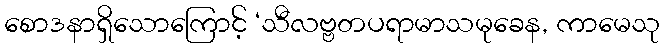
စောဒနာရှိသောကြောင့် ‘သီလဗ္ဗတပရာမာသမုခေန, ကာမေသု